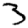
Digit: 3